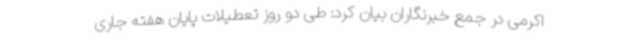
اکرمی در جمع خبرنگاران بیان کرد: طی دو روز تعطیلات پایان هفته جاری